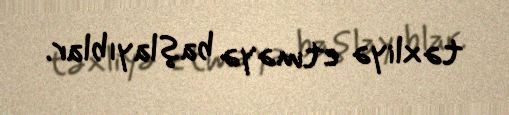
təxliyə etməyə başlayıblar.